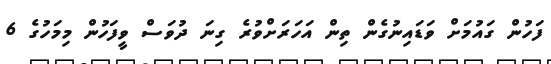
ފަހުން ގައުމަށް ވަޑައިނުގެން ތިން އަހަރަށްވުރެ ގިނަ ދުވަސް ވީފަހުން މިމަހުގެ 6